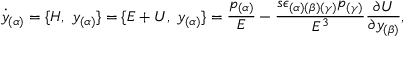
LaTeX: { \dot { y } } _ { ( \alpha ) } = \{ H , \ { y } _ { ( \alpha ) } \} = \{ E + U , \ { y } _ { ( \alpha ) } \} = { \frac { p _ { ( \alpha ) } } { E } } - { \frac { s \epsilon _ { ( \alpha ) ( \beta ) ( \gamma ) } p _ { ( \gamma ) } } { E ^ { 3 } } } { \frac { \partial U } { \partial { y } _ { ( \beta ) } } } ,